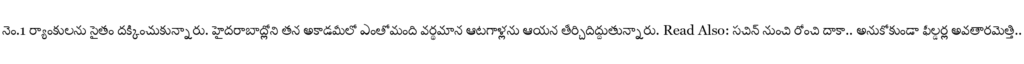
నెం.1 ర్యాంకులను సైతం దక్కించుకున్నారు. హైదరాబాద్లోని తన అకాడమీలో ఎంతోమంది వర్థమాన ఆటగాళ్లను ఆయన తీర్చిదిద్దుతున్నారు. Read Also: సచిన్ నుంచి రోంచి దాకా.. అనుకోకుండా ఫీల్డర్ల అవతారమెత్తి..